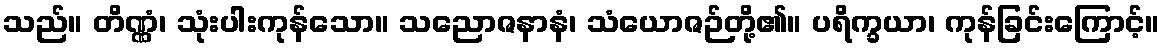
သည်။ တိဏ္ဏံ၊ သုံးပါးကုန်သော။ သညောဇနာနံ၊ သံယောဇဉ်တို့၏။ ပရိက္ခယာ၊ ကုန်ခြင်းကြောင့်။